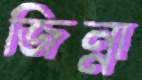
জিন্না